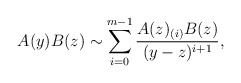
\begin{align*}A(y)B(z)\sim\sum_{i=0}^{m-1}\frac{A(z)_{(i)}B(z)}{(y-z)^{i+1}},\end{align*}